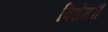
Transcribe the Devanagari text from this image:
विधेम॥